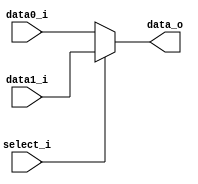
//Subject:     CO project 2 - MUX 221
//--------------------------------------------------------------------------------
//Version:     1
//--------------------------------------------------------------------------------
//Writer:      Luke
//----------------------------------------------
//Date:        
//----------------------------------------------
//Description: 
//--------------------------------------------------------------------------------
`timescale 1ns/1ps
module MUX_2to1(
               data0_i,
               data1_i,
               select_i,
               data_o
               );

parameter size = 0;			   
			
//I/O ports               
input   [size-1:0] data0_i;          
input   [size-1:0] data1_i;
input              select_i;
output  [size-1:0] data_o; 

//Internal Signals
reg     [size-1:0] data_o;

//Main function
always @(*) begin
    if(select_i==0) data_o <= data0_i;
    else data_o <= data1_i;
end

endmodule